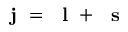
\mathrm { ~ \bf ~ j ~ } = \mathrm { ~ \bf ~ l ~ } + \mathrm { ~ \bf ~ s ~ }